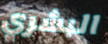
البشري